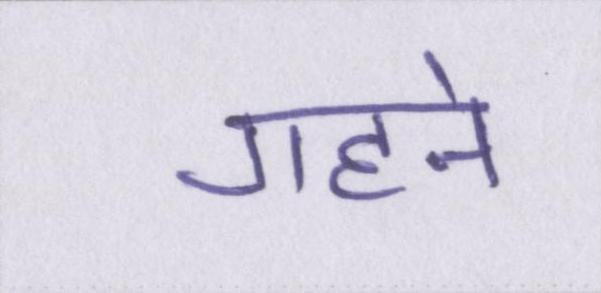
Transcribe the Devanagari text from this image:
गहने